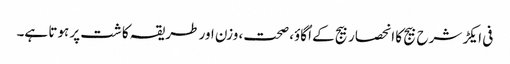
فی ایکڑ شرح بیج کا انحصار بیج کے اُگاوٴ، صحت، وزن اور طریقہ کاشت پر ہوتا ہے۔